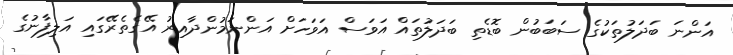
އަންނަ ބަދަލުތަކުގެ ސަބަބުން ބޮޑެތި ބަދަލުތައް އަވަސް އަވަހަށް އަންނަމުންދާއިރު އޭގެތެރޭގައި އަލިފާނުގެ